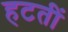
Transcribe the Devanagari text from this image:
हटतीं